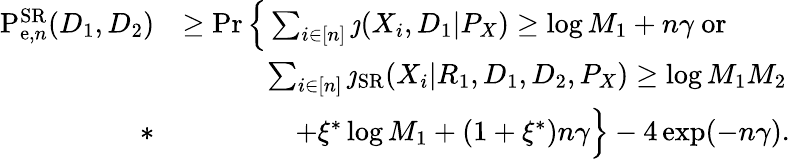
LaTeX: \begin{array}{rl}{\mathrm{P}_{\mathrm{e},n}^{\mathrm{{SR}}}(D_{1},D_{2})}&{\geq\operatorname*{Pr}\Big\{ \sum_{i\in[n]}\jmath(X_{i},D_{1}|P_{X})\geq\log M_{1}+n\gamma~\mathrm{or}}\\ &{\qquad\quad\sum_{i\in[n]}\jmath_{\mathrm{SR}}(X_{i}|R_{1},D_{1},D_{2},P_{X})\geq\log M_{1}M_{2}}\\ {*}&{\qquad\qquad+\xi^{*}\log M_{1}+(1+\xi^{*})n\gamma\Big\} -4\exp(-n\gamma).}\end{array}